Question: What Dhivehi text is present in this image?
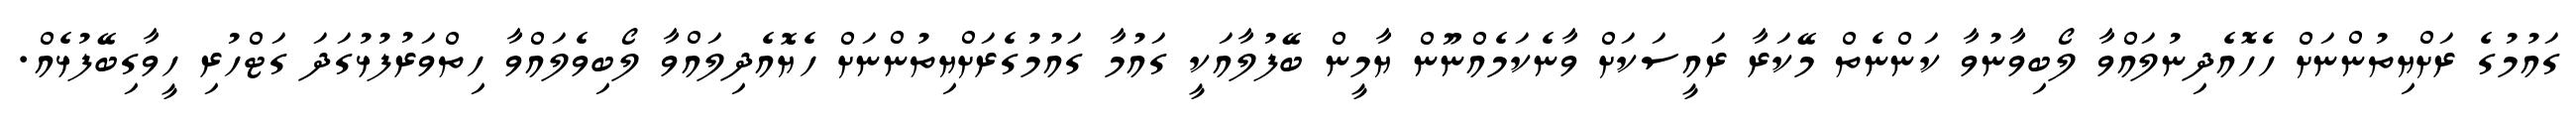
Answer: ގައުމުގެ ރަށްޔިތުންނަށް ހެހޮއެދިނުލައްވާ ލޯބިވާނުވާ ކަންނެތް މޭކަރާ ރައީސަކަށް ވާނެކަމެއްނޫން ޔާމީން ބޭފުލާއަކީ ގައުމާ ގައުމުގެރަށްޔިތުންނަށް ހެޔޮއެދިލައްވާ ލޯބިވެލައްވާ ހިތްވަރުފުޅުގަދަ ގަޓްހުރި ހީވާގިބޭފުޅެއް.